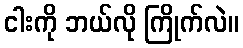
ငါးကို ဘယ်လို ကြိုက်လဲ။